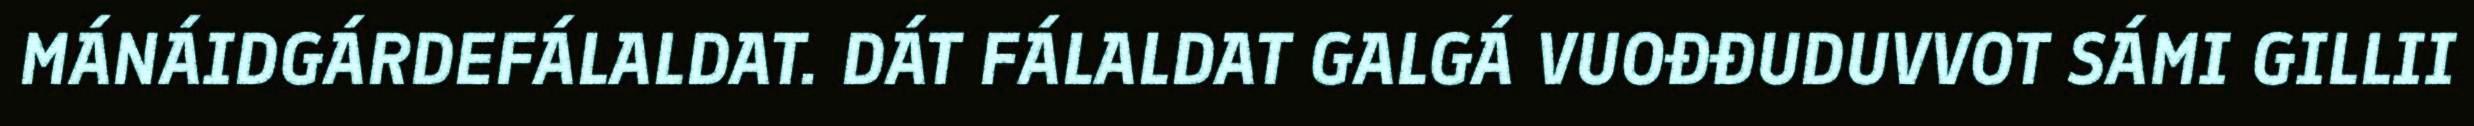
MÁNÁIDGÁRDEFÁLALDAT. DÁT FÁLALDAT GALGÁ VUOĐĐUDUVVOT SÁMI GILLII